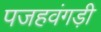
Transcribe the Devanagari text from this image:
पजहवंगड़ी